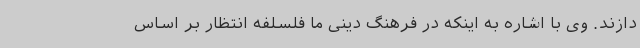
دازند. وی با اشاره به اینکه در فرهنگ دینی ما فلسلفه انتظار بر اساس